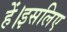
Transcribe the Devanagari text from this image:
हें।इसलिए